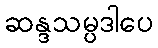
ဆန္ဒသမ္ပဒါပေ